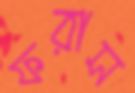
ফরাস